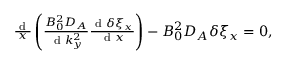
\begin{array} { r } { \frac { \textrm { d } } { x } \left( \frac { B _ { 0 } ^ { 2 } D _ { A } } { \textrm { d } k _ { y } ^ { 2 } } \frac { \textrm { d } \delta \xi _ { x } } { \textrm { d } x } \right) - B _ { 0 } ^ { 2 } D _ { A } \delta \xi _ { x } = 0 , } \end{array}